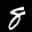
Label: 8